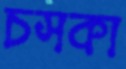
চসকা